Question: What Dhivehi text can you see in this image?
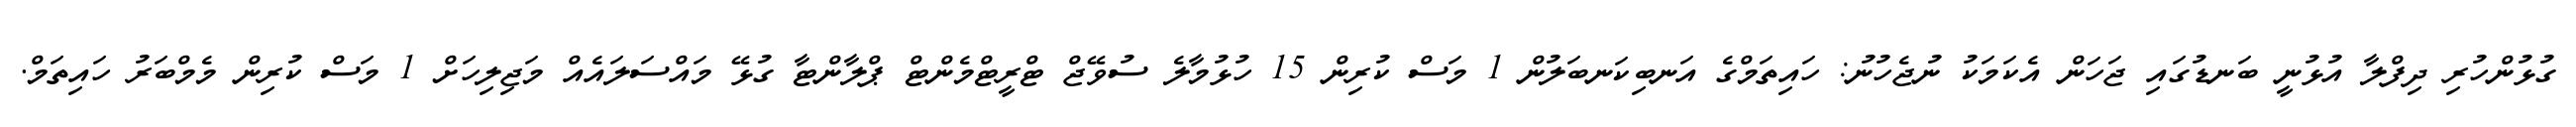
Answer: ގުޅުންހުރި ދިފްލާ އުޅުނީ ބަނޑުގައި ޖަހަން އެކަމަކު ނުޖެހުނު: ހައިތަމްގެ އަނބިކަނބަލުން 1 މަސް ކުރިން 15 ހުޅުމާލެ ސުވޭޖް ޓްރީޓްމެންޓް ޕްލާންޓާ ގުޅޭ މައްސަލައެއް މަޖިލިހަށް 1 މަސް ކުރިން މެމްބަރު ހައިތަމް.